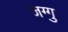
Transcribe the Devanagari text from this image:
जग्गु